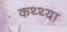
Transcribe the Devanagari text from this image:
कथ्थ्या